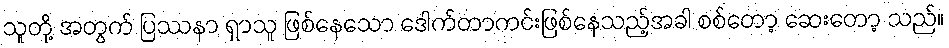
သူတို့ အတွက် ပြဿနာ ရှာသူ ဖြစ်နေသော ဒေါက်တာကင်းဖြစ်နေသည့်အခါ စစ်တော့ ဆေးတော့ သည်။